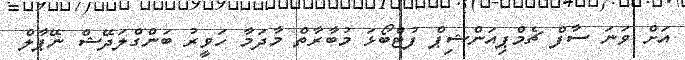
އަށް ވަނަ ސާފް ޗެމްޕިއަންޝިޕް ފުޓްބޯޅަ މުބާރާތް މާދަމާ ހަވީރު ބަންގްލަދޭޝް ނޭޕާލް